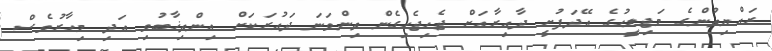
ރައްޔިތުންގެ މަޖިލީހުގެ އޭދަފުށީ ދާއިރާއަށް ޖެހިޖެހިގެން ތިންވަނަ ދައުރަކަށް އިންތިޚާބުވި އަދި މިހާރުވެސް